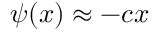
\psi ( x ) \approx - c x